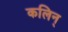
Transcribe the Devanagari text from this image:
कलिन्